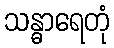
သန္ဓာရေတုံ